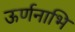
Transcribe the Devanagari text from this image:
ऊर्णनाभि